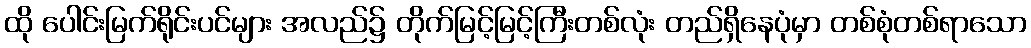
ထို ပေါင်းမြက်ရိုင်းပင်များ အလည်၌ တိုက်မြင့်မြင့်ကြီးတစ်လုံး တည်ရှိနေပုံမှာ တစ်စုံတစ်ရာသော